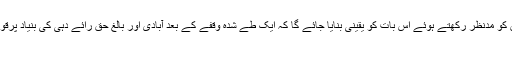
(3) (ا) جمہوریہ کے بنیادی اصولوں کو مدنظر رکھتے ہوئے اس بات کو یقینی بنایا جائے گا کہ ایک طے شدہ وقفے کے بعد آبادی اور بالغ حق رائے دہی کی بنیاد پرقومی اور صوبائی انتخابات ہوتے رہیں
۔